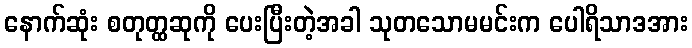
နောက်ဆုံး စတုတ္ထဆုကို ပေးပြီးတဲ့အခါ သုတသောမမင်းက ပေါရိသာဒအား